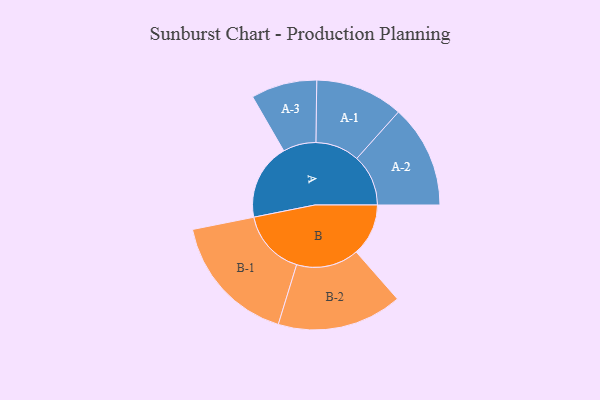
{"axis": {"x": "Segment", "y": "Value"}, "legend": ["", "A", "B"], "data": [{"x": "A", "y": 243, "type": ""}, {"x": "B", "y": 166, "type": ""}, {"x": "A-1", "y": 140, "type": "A"}, {"x": "A-2", "y": 164, "type": "A"}, {"x": "A-3", "y": 105, "type": "A"}, {"x": "B-1", "y": 210, "type": "B"}, {"x": "B-2", "y": 199, "type": "B"}]}